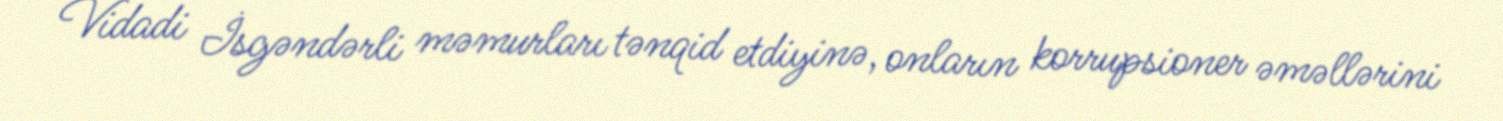
Vidadi İsgəndərli məmurları tənqid etdiyinə, onların korrupsioner əməllərini